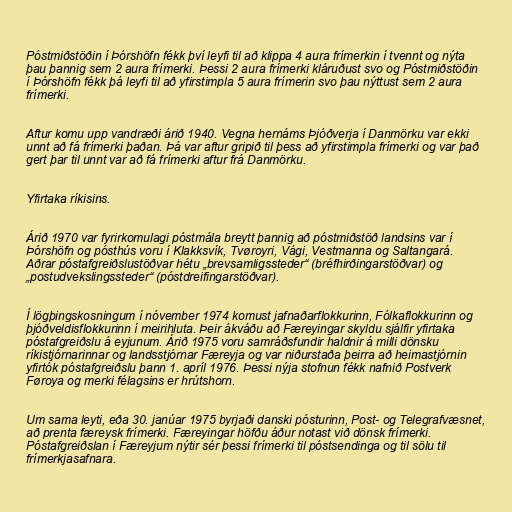
Póstmiðstöðin í Þórshöfn fékk því leyfi til að klippa 4 aura frímerkin í tvennt og nýta
þau þannig sem 2 aura frímerki. Þessi 2 aura frímerki kláruðust svo og Póstmiðstöðin
í Þórshöfn fékk þá leyfi til að yfirstimpla 5 aura frímerin svo þau nýttust sem 2 aura
frímerki.

Aftur komu upp vandræði árið 1940. Vegna hernáms Þjóðverja í Danmörku var ekki
unnt að fá frímerki þaðan. Þá var aftur gripið til þess að yfirstimpla frímerki og var það
gert þar til unnt var að fá frímerki aftur frá Danmörku.

Yfirtaka ríkisins.

Árið 1970 var fyrirkomulagi póstmála breytt þannig að póstmiðstöð landsins var í
Þórshöfn og pósthús voru í Klakksvík, Tvøroyri, Vági, Vestmanna og Saltangará.
Aðrar póstafgreiðslustöðvar hétu „brevsamligssteder“ (bréfhirðingarstöðvar) og
„postudvekslingssteder“ (póstdreifingarstöðvar).

Í lögþingskosningum í nóvember 1974 komust jafnaðarflokkurinn, Fólkaflokkurinn og
þjóðveldisflokkurinn í meirihluta. Þeir ákváðu að Færeyingar skyldu sjálfir yfirtaka
póstafgreiðslu á eyjunum. Árið 1975 voru samráðsfundir haldnir á milli dönsku
ríkistjórnarinnar og landsstjórnar Færeyja og var niðurstaða þeirra að heimastjórnin
yfirtók póstafgreiðslu þann 1. apríl 1976. Þessi nýja stofnun fékk nafnið Postverk
Føroya og merki félagsins er hrútshorn.

Um sama leyti, eða 30. janúar 1975 byrjaði danski pósturinn, Post- og Telegrafvæsnet,
að prenta færeysk frímerki. Færeyingar höfðu áður notast við dönsk frímerki.
Póstafgreiðslan í Færeyjum nýtir sér þessi frímerki til póstsendinga og til sölu til
frímerkjasafnara.